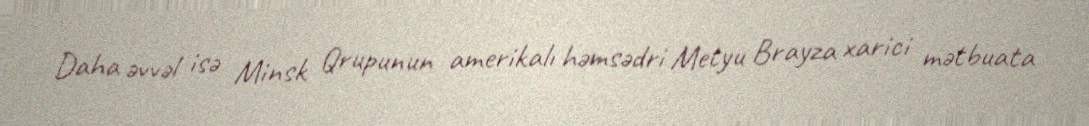
Daha əvvəl isə Minsk Qrupunun amerikalı həmsədri Metyu Brayza xarici mətbuata